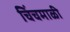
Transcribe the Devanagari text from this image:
चिंचमाळी